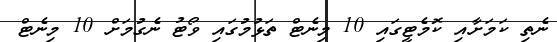
ނެތި ކަމަށާއި ކޮމެޓީގައި 10 މިނެޓް ތަޅުމުގައި ވޯޓު ނެގުމަށް 10 މިނެޓް